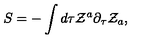
S = - \int d \tau { \cal Z } ^ { a } \partial _ { \tau } { \cal Z } _ { a } ,